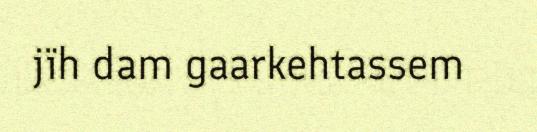
jïh dam gaarkehtassem